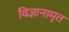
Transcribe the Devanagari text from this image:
विज्ञानामृत